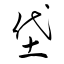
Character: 垈